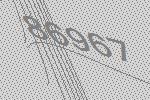
86967